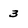
Character: 3